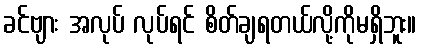
ခင်ဗျား အလုပ် လုပ်ရင် စိတ်ချရတယ်လို့ကိုမရှိဘူး။